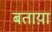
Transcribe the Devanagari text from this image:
बताय़ा